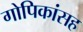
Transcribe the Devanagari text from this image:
गोपिकांसह